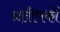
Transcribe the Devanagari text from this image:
प्रतीपकों